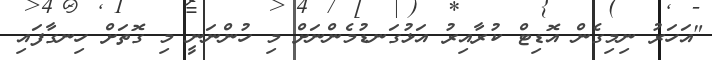
"އަހަރު ނިމިގެން އޮޑިޓް ކުރާއިރު އަޅުގަނޑުމެންނަށް މި ހުންނަނީ މި ގޮތަށް ހިނގާފައި